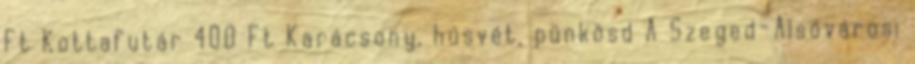
Ft Kottafutár 400 Ft Karácsony, húsvét, pünkösd A Szeged-Alsóvárosi